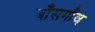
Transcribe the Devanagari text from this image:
बाँसगाँव